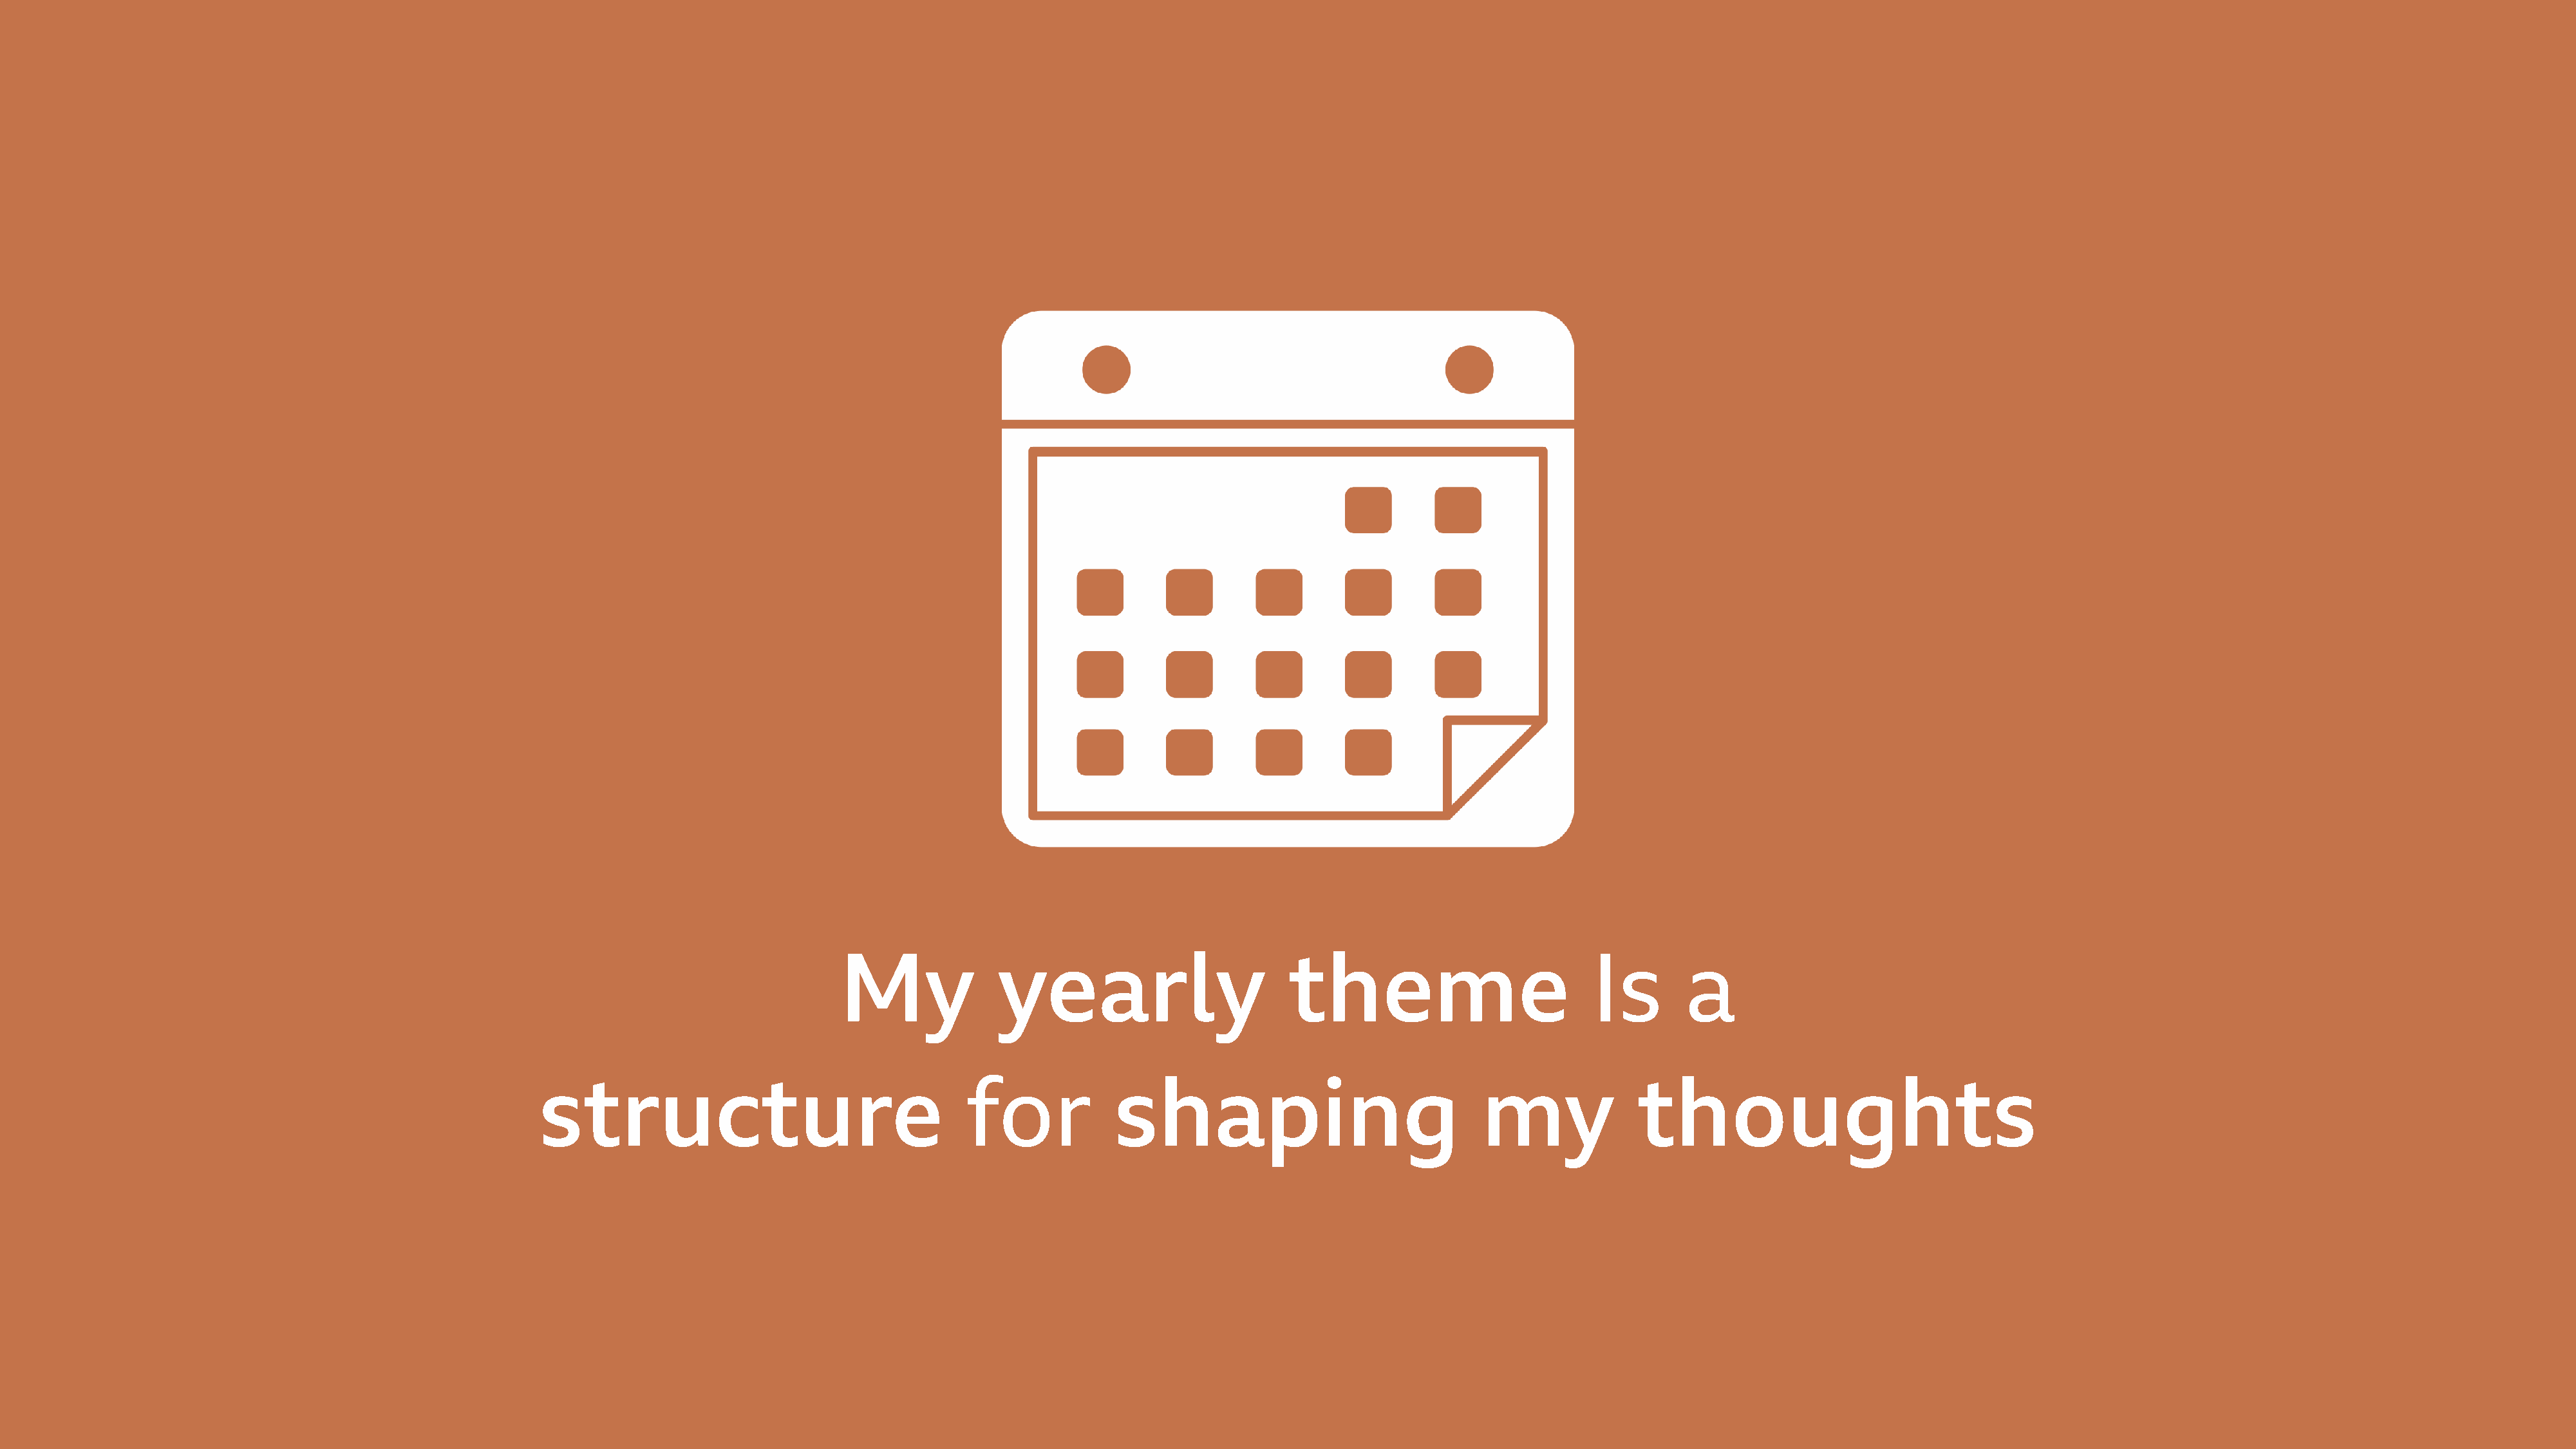
My               yearly                       theme                           Is       a
 structure                                   for             shaping                              my              thoughts